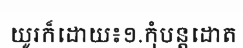
យូរក៏ដោយ៖១.កុំបន្តដោត